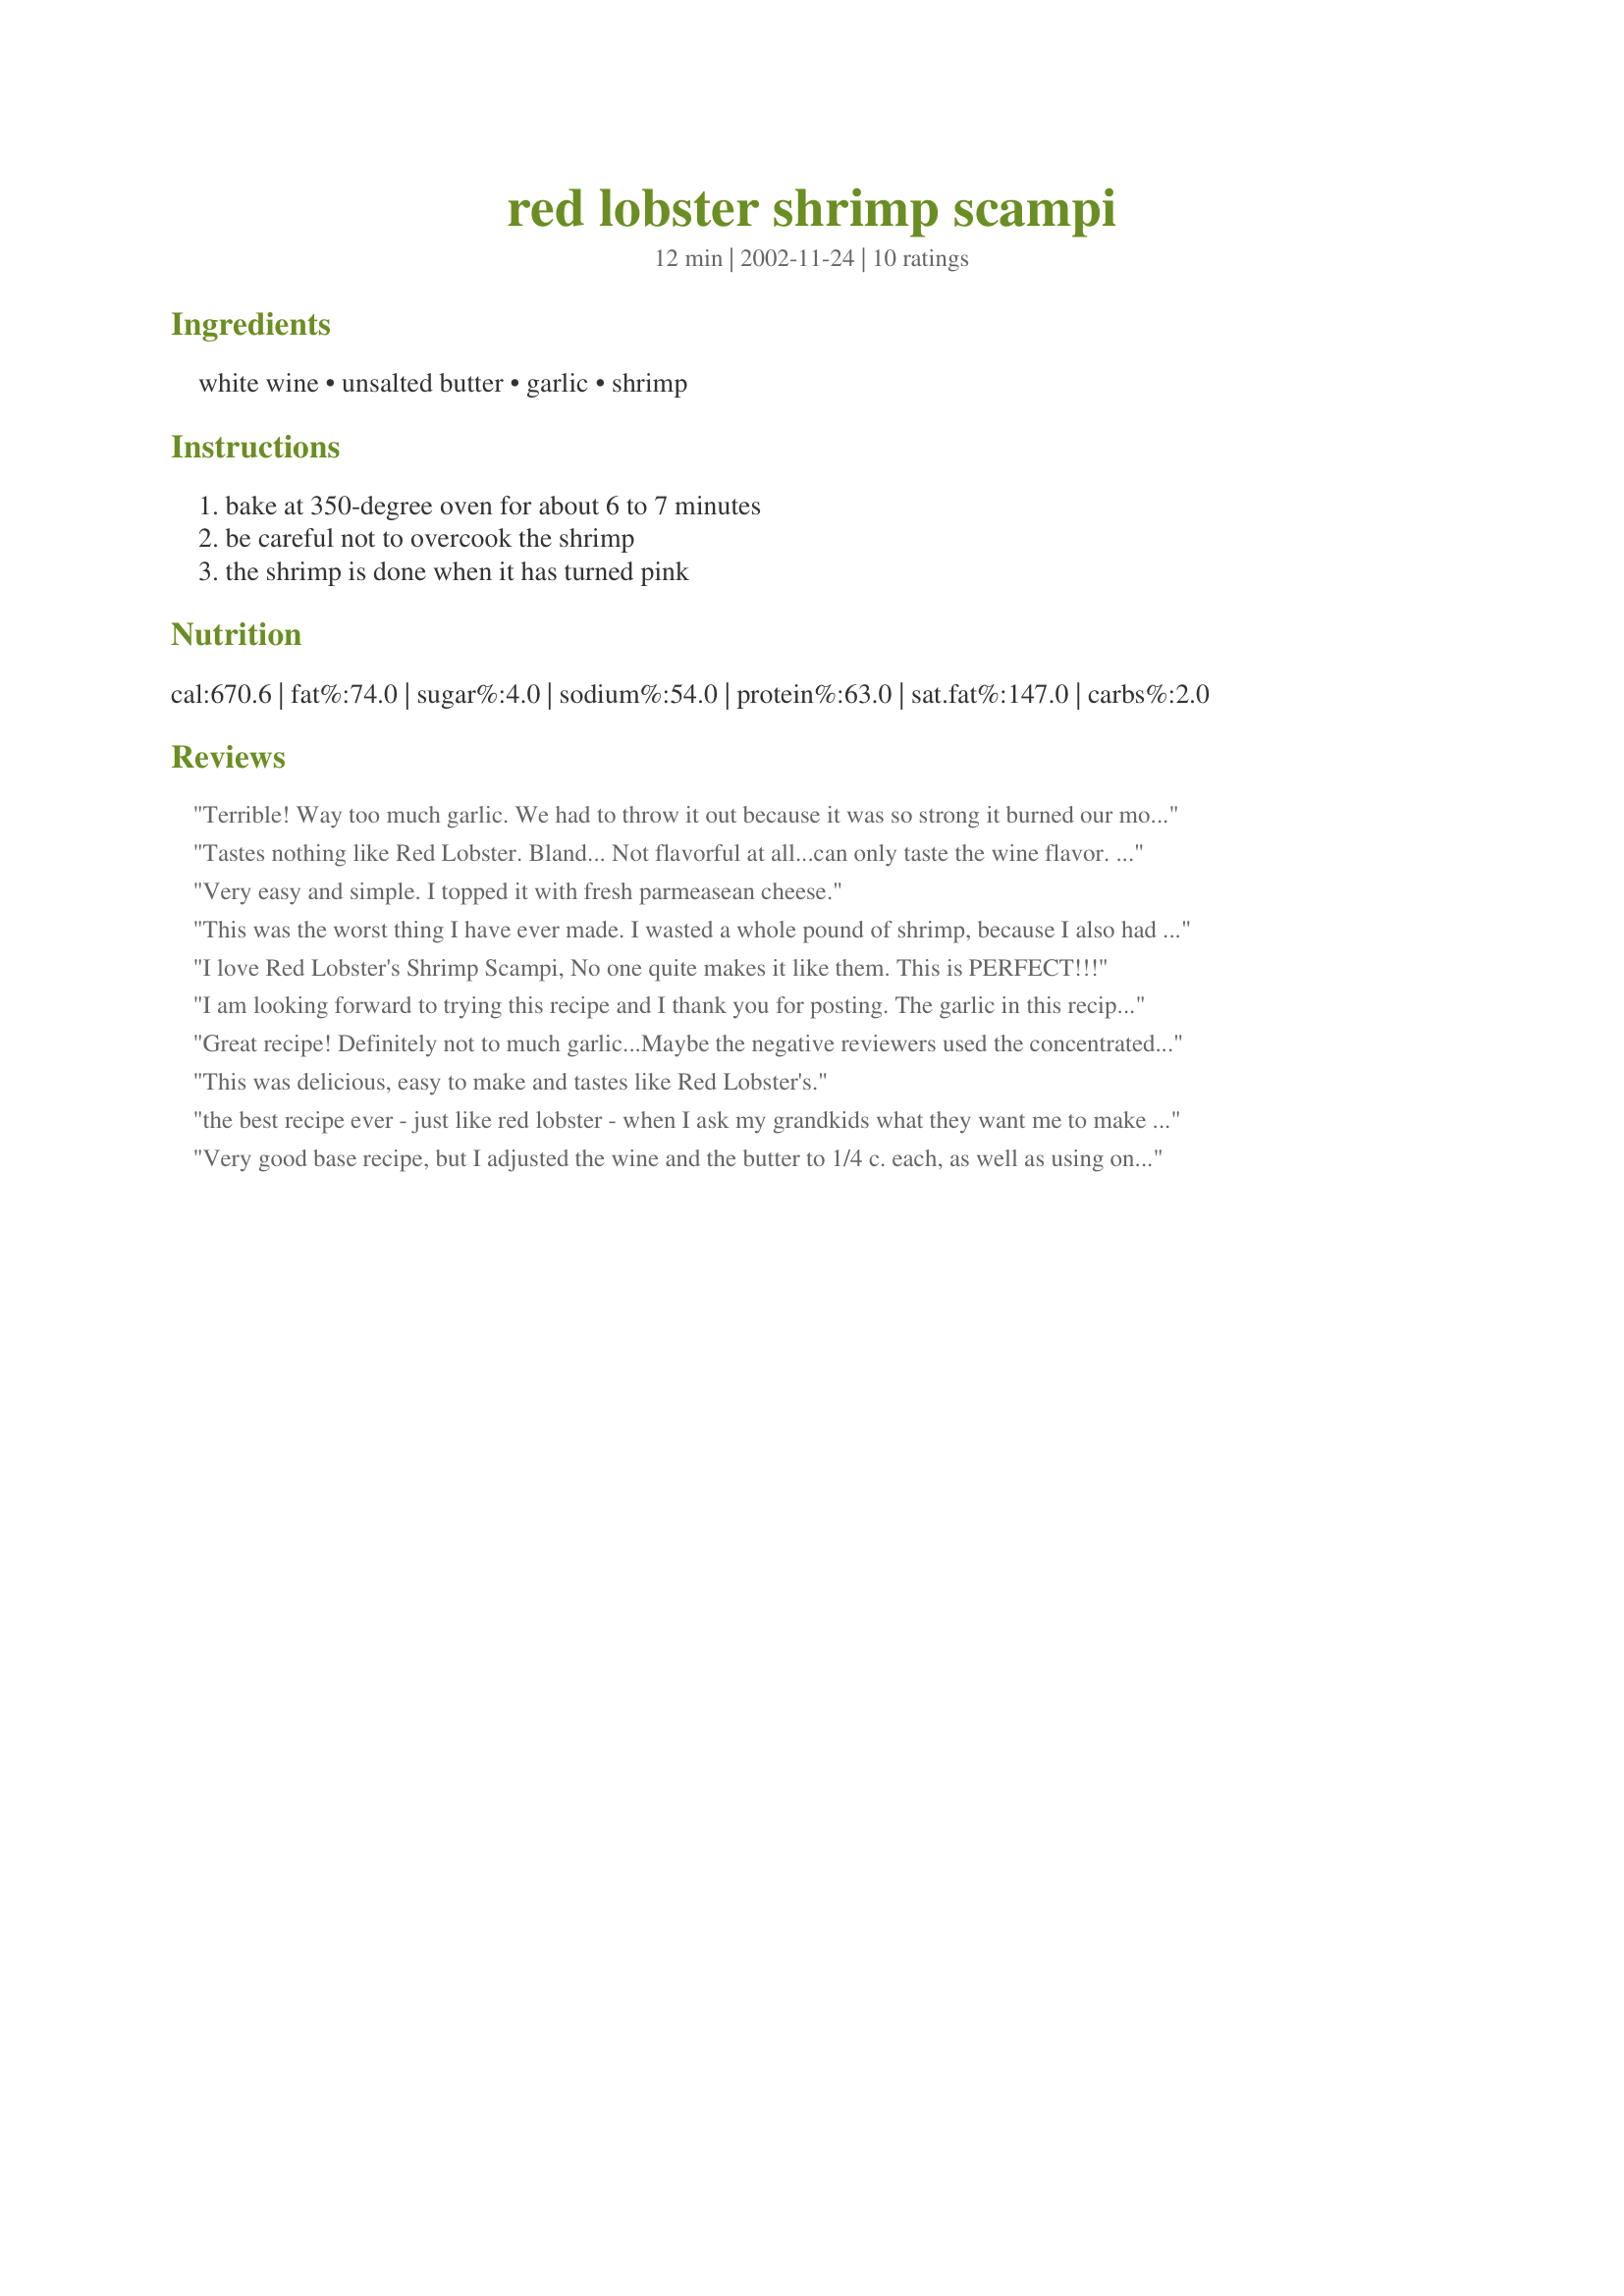
red lobster shrimp scampi
Preparation time: 12 minutes

Ingredients:
white wine, unsalted butter, garlic, shrimp

Steps:
bake at 350-degree oven for about 6 to 7 minutes, be careful not to overcook the shrimp, the shrimp is done when it has turned pink

Reviews:
Terrible! Way too much garlic. We had to throw it out because it was so strong it burned our mouths. It needs more spices and WAY less garlic.
Tastes nothing like Red Lobster. Bland... Not flavorful at all...can only taste the wine flavor. I wasted a pound of shrimp.
Very easy and simple. I topped it with fresh parmeasean cheese.
This was the worst thing I have ever made. I wasted a whole pound of shrimp, because I also had to throw it out. It actually made me sick to my stomach. Way too much garlic...it was just plain GROSS!!!!! Don't waste your money, try a different recipe!!!!
I love Red Lobster's Shrimp Scampi, No one quite makes it like them. This is PERFECT!!!
I am looking forward to trying this recipe and I thank you for posting. The garlic in this recipe is not extreme in my opinion and think that the negative reviewers are not garlic lovers at all. I will probably add more garlic when I do try this dish.
Great recipe! Definitely not to much garlic...Maybe the negative reviewers used the concentrated minced garlic in the jar? Anyway we all really like this. Thanks!
This was delicious, easy to make and tastes like Red Lobster's.
the best recipe ever - just like red lobster - when I ask my grandkids what they want me to make them this recipe is the first thing out of their mouths. And they love all the garlic!!!! Great Job!!!
Very good base recipe, but I adjusted the wine and the butter to 1/4 c. each, as well as using only 4-5 med cloves of garlic. I would definetly make again!
